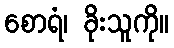
စောရံ၊ ခိုးသူကို။